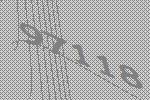
97118